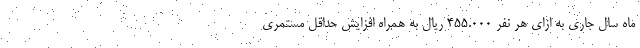
ماه سال جاری به ازای هر نفر ۴۵۵.۰۰۰ ریال به همراه افزایش حداقل مستمری